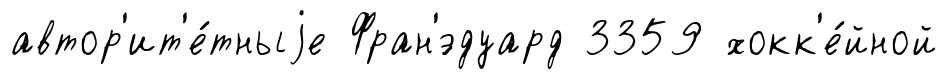
автор'ит'е́тныjе Фран'́эдуард 3359 хокк'е́йной